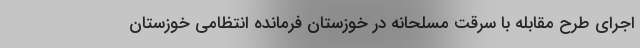
اجرای طرح مقابله با سرقت مسلحانه در خوزستان فرمانده انتظامی خوزستان